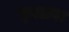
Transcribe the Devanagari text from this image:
फ़्लावा